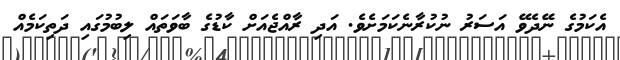
އެކަމުގެ ނޭދެވޭ އަސަރު ނުކުރާނެކަމަށެވެ. އަދި ރާއްޖެއަށް ކާޑުގެ ބާވަތައް ލިބުމުގައި ދަތިކަމެއް